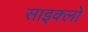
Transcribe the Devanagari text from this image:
साइक्लो